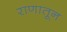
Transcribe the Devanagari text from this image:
राणातून